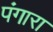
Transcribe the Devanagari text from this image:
पंगारा